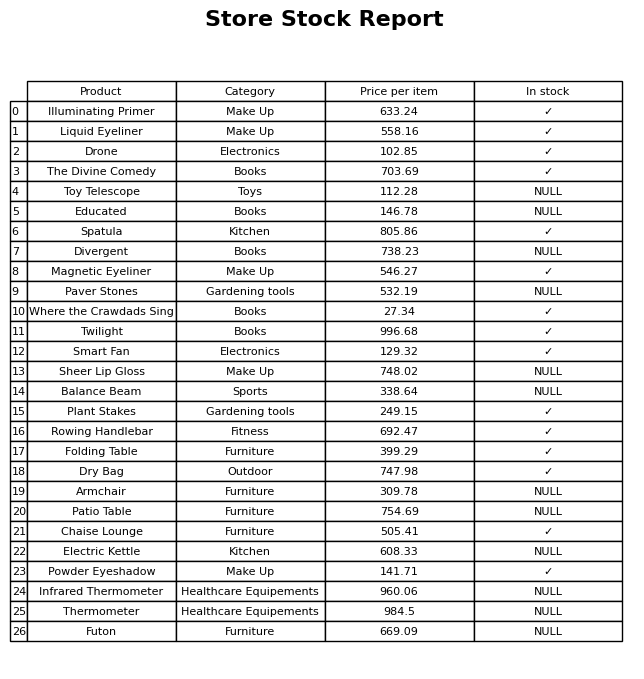
question: Which products are currently out of stock?
answer: Toy Telescope, Educated, Divergent, Paver Stones, Sheer Lip Gloss, Balance Beam, Armchair, Patio Table, Electric Kettle, Infrared Thermometer, Thermometer, Futon